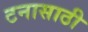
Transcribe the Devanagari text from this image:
टनासाठी